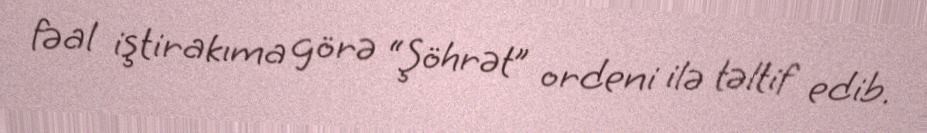
fəal iştirakıma görə “Şöhrət” ordeni ilə təltif edib.